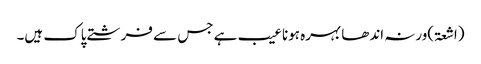
(اشعۃ)ورنہ اندھا بہرہ ہونا عیب ہے جس سے فرشتے پاک ہیں۔